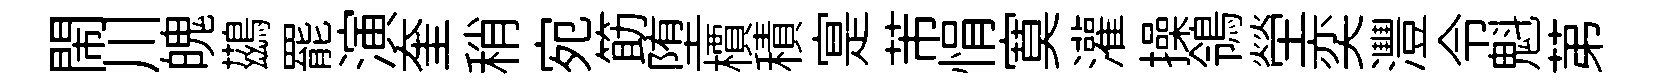
閙川魄鷀罷演奎稍宛筯堕檟積寔芾悁寞灌操鴒塋奕灃令魁苐